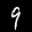
Label: 9